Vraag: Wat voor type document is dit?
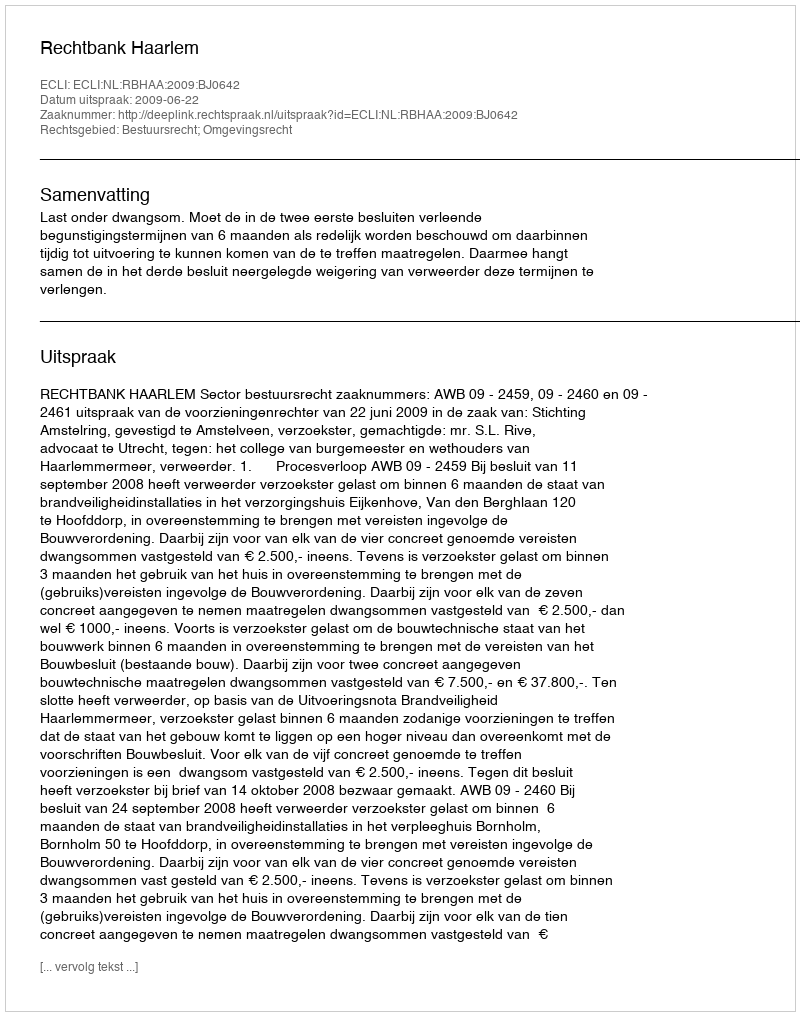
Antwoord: Uitspraak